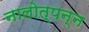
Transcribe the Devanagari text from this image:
नालोत्पन्न